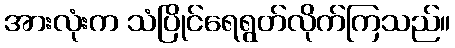
အားလုံးက သံပြိုင်ရေရွတ်လိုက်ကြသည်။